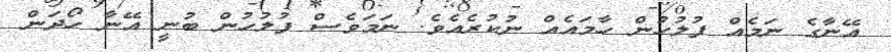
އޭނާގެ ނަމެއް ފުލުހުން ހާމައެއް ނުކުރެއެވެ. ނަމަވެސް ފުލުހުން ބުނީ އޭނާ ހޯދަން